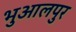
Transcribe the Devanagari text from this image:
भुआलपुर